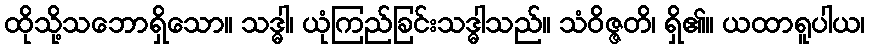
ထိုသို့သဘောရှိသော။ သဒ္ဓါ၊ ယုံကြည်ခြင်းသဒ္ဓါသည်။ သံဝိဇ္ဇတိ၊ ရှိ၏။ ယထာရူပါယ၊